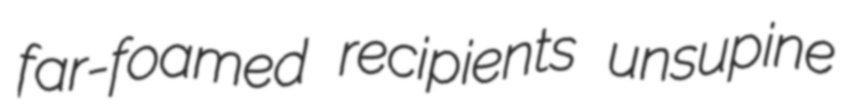
far-foamed recipients unsupine